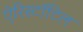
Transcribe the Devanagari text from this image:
ऐरिस्टॉटिल